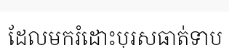
ដែលមករំដោះបុរសធាត់ទាប